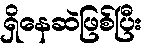
ရှိနေဆဲဖြစ်ပြီး